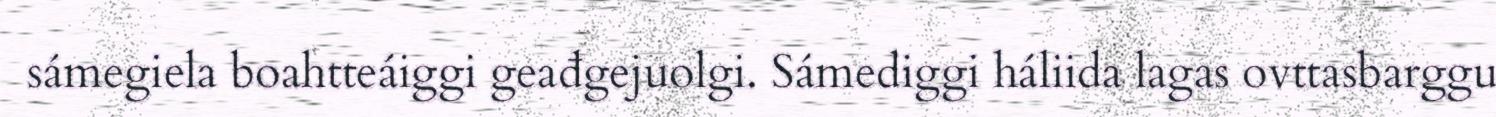
sámegiela boahtteáiggi geađgejuolgi. Sámediggi háliida lagas ovttasbarggu